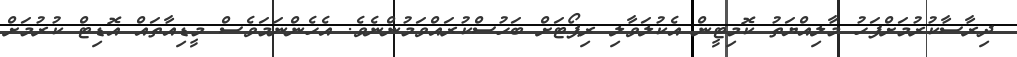
ދިރާސާކުރުމަށްފަހު މާލިއްޔަތު ކޮމިޓީން އެކުލަވާލި ރިޕޯޓަށް ބަހުސްކުރައްވަމުންނެވެ. އެހެންނަމަވެސް މީޑިއާތައް އޮޑިޓް ކުރުމަށް